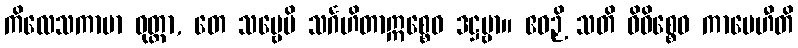
ကိလေသကာမာ ဝုတ္တာ, တေ သဗ္ဗေပိ သင်္ဂဟိတာဣစ္စေဝ ဒဋ္ဌဗ္ဗာ။ ဧဝဉှိ သတိ ဝိဝိစ္စေဝ ကာမေဟီတိ